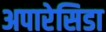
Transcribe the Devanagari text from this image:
अपारेसिडा